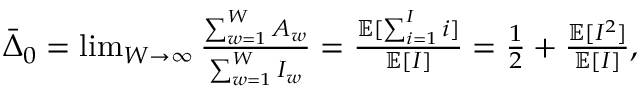
\begin{array} { r } { \bar { \Delta } _ { 0 } = \operatorname* { l i m } _ { W \to \infty } \frac { \sum _ { w = 1 } ^ { W } A _ { w } } { \sum _ { w = 1 } ^ { W } I _ { w } } = \frac { \mathbb { E } [ \sum _ { i = 1 } ^ { I } i ] } { \mathbb { E } [ I ] } = \frac { 1 } { 2 } + \frac { \mathbb { E } [ I ^ { 2 } ] } { \mathbb { E } [ I ] } , } \end{array}